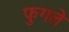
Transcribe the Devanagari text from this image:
फुगले